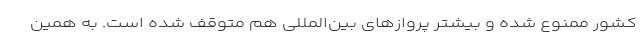
کشور ممنوع شده و بیشتر پروازهای بین‌المللی هم متوقف شده است. به همین